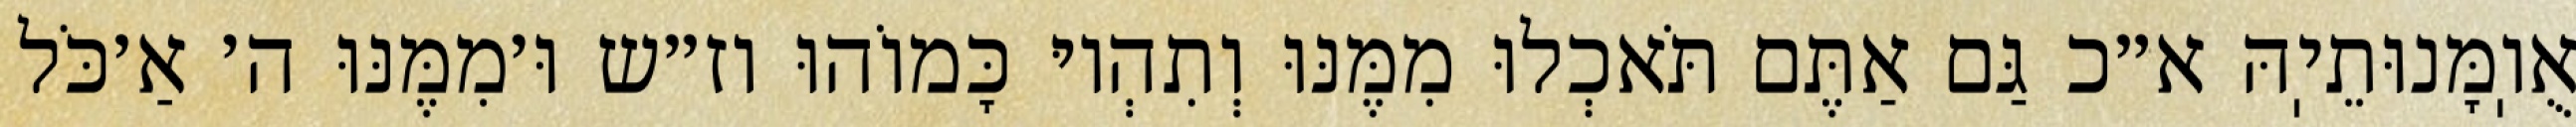
אֻוֽמָּנוּתֵיֽהּ א״כ גַּם אַתֶּם תֹּאכְלוּ מִמֶּנּוּ וְתִהְיוּ כָּמוֹהוּ וז״ש וּ׳מִמֶּנּוּ ה׳ אַ׳כֹּל